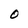
Character: 0